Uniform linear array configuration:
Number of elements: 64
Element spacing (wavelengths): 0.5
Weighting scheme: exponential
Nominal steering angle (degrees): -15
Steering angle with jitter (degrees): -16.393
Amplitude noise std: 0.05
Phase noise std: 0.05

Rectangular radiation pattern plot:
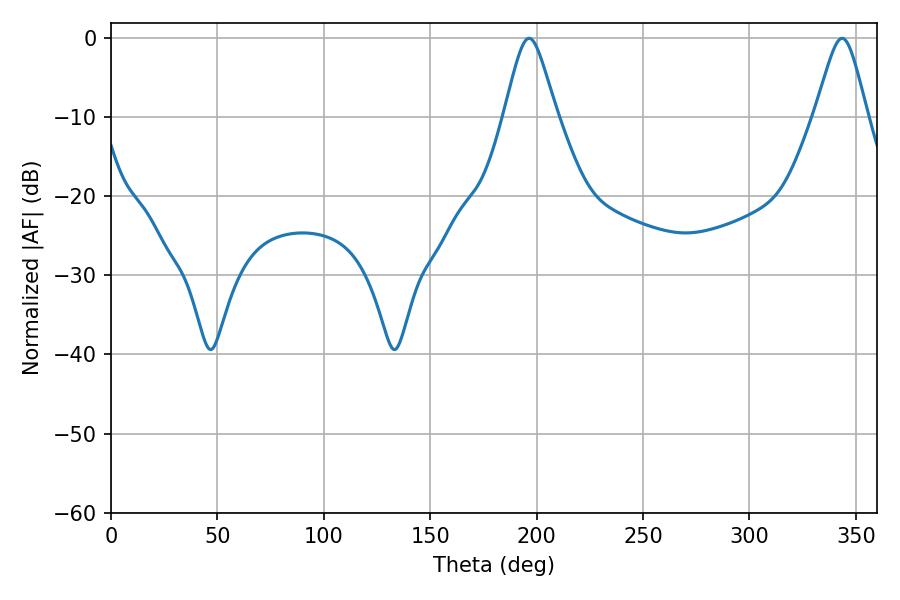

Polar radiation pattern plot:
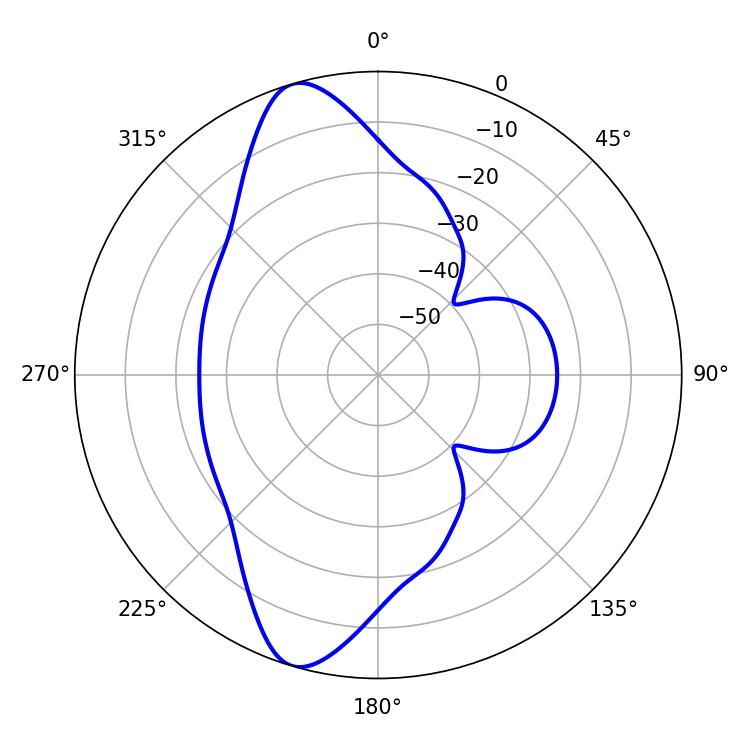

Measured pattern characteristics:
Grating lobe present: FALSE
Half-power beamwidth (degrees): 11.88
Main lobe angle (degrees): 196.38